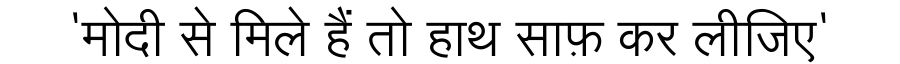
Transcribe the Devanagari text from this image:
'मोदी से मिले हैं तो हाथ साफ़ कर लीजिए'